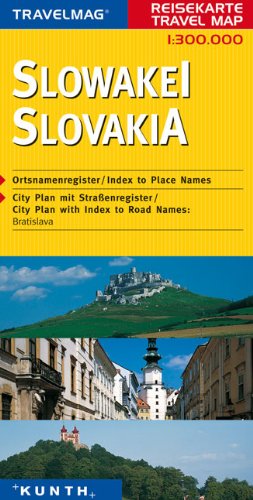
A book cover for Slovakia; Kunth Verlag; Travel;